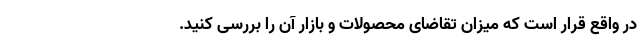
در واقع قرار است که میزان تقاضای محصولات و بازار آن را بررسی کنید.